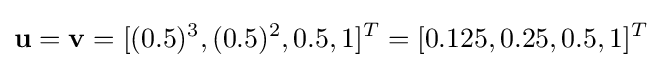
\mathbf {u} =\mathbf {v} =[(0.5)^{3},(0.5)^{2},0.5,1]^{T}=[0.125,0.25,0.5,1]^{T}